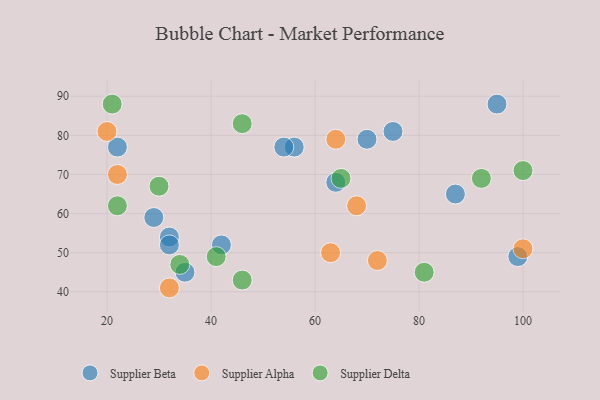
{"axis": {"x": "GDP", "y": "Life Expectancy"}, "legend": ["Supplier Alpha", "Supplier Beta", "Supplier Delta"], "data": [{"x": "35", "y": 45, "type": "Supplier Beta"}, {"x": "64", "y": 68, "type": "Supplier Beta"}, {"x": "32", "y": 54, "type": "Supplier Beta"}, {"x": "75", "y": 81, "type": "Supplier Beta"}, {"x": "29", "y": 59, "type": "Supplier Beta"}, {"x": "42", "y": 52, "type": "Supplier Beta"}, {"x": "22", "y": 77, "type": "Supplier Beta"}, {"x": "56", "y": 77, "type": "Supplier Beta"}, {"x": "87", "y": 65, "type": "Supplier Beta"}, {"x": "95", "y": 88, "type": "Supplier Beta"}, {"x": "32", "y": 52, "type": "Supplier Beta"}, {"x": "54", "y": 77, "type": "Supplier Beta"}, {"x": "99", "y": 49, "type": "Supplier Beta"}, {"x": "70", "y": 79, "type": "Supplier Beta"}, {"x": "64", "y": 79, "type": "Supplier Alpha"}, {"x": "20", "y": 81, "type": "Supplier Alpha"}, {"x": "72", "y": 48, "type": "Supplier Alpha"}, {"x": "100", "y": 51, "type": "Supplier Alpha"}, {"x": "63", "y": 50, "type": "Supplier Alpha"}, {"x": "68", "y": 62, "type": "Supplier Alpha"}, {"x": "32", "y": 41, "type": "Supplier Alpha"}, {"x": "22", "y": 70, "type": "Supplier Alpha"}, {"x": "81", "y": 45, "type": "Supplier Delta"}, {"x": "21", "y": 88, "type": "Supplier Delta"}, {"x": "46", "y": 83, "type": "Supplier Delta"}, {"x": "100", "y": 71, "type": "Supplier Delta"}, {"x": "34", "y": 47, "type": "Supplier Delta"}, {"x": "22", "y": 62, "type": "Supplier Delta"}, {"x": "30", "y": 67, "type": "Supplier Delta"}, {"x": "46", "y": 43, "type": "Supplier Delta"}, {"x": "65", "y": 69, "type": "Supplier Delta"}, {"x": "41", "y": 49, "type": "Supplier Delta"}, {"x": "92", "y": 69, "type": "Supplier Delta"}]}